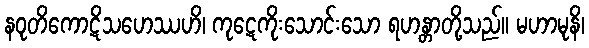
နဝုတိကောဋိသဟေဿဟိ၊ ကုဋေကိုးသောင်းသော ရဟန္တာတို့သည်။ မဟာမုနိ၊